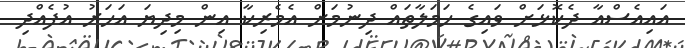
އައިއެސްއާ ދެކޮޅަށް ވައިގެ ހަމަލާތައް ދިނުމަށް އެމެރިކާ އިން މިދިޔަ އަހަރު އުފެއްދި